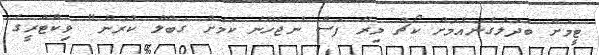
ޓީމަށް ބަދަލުގެނައުމަށް ކޯޗް މިރޭ ފަސް ނުޖެހޭނެ ކަމަށް ގަބޫލް ކުރަން" ވިކްޓްރީގެ